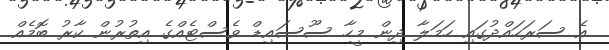
އެ ސަރަހައްދުގައި ހަމަލާ ދިން މީހާ ސޫސައިޑް ވެސްޓެއްގެ އިތުރުން ކާރު ބޮމެއް